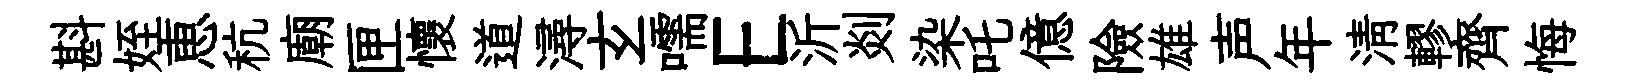
斟姪恵秔廟匣懷道潯𤣥嚅E沂剡染吒億險雄声年淸轇齊悔